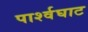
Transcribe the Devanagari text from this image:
पार्श्वघाट